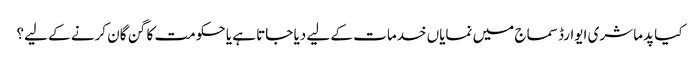
کیا پدما شری ایوارڈ سماج میں نمایاں خدمات کے لیے دیا جاتا ہے یا حکومت کا گن گان کرنے کے لیے؟